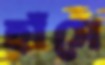
হাঁসে